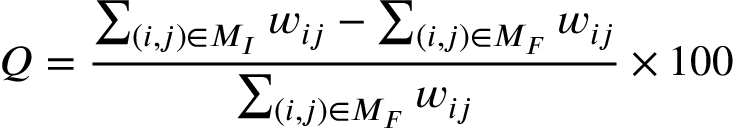
Q = \frac { \sum _ { ( i , j ) \in M _ { I } } w _ { i j } - \sum _ { ( i , j ) \in M _ { F } } w _ { i j } } { \sum _ { ( i , j ) \in M _ { F } } w _ { i j } } \times 1 0 0 \